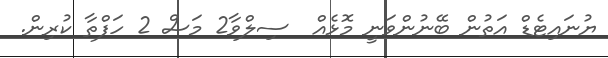
ޔުނައިޓެޑް އަތުން ބޭނުންވަނީ މޮޅެއް  ސިލްވާ2 މަސް 2 ހަފްތާ ކުރިން.